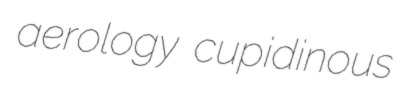
aerology cupidinous